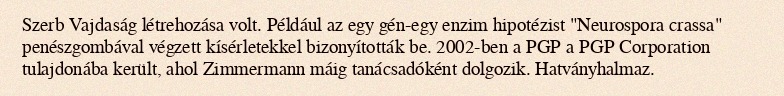
Szerb Vajdaság létrehozása volt. Például az egy gén-egy enzim hipotézist "Neurospora crassa" penészgombával végzett kísérletekkel bizonyították be. 2002-ben a PGP a PGP Corporation tulajdonába került, ahol Zimmermann máig tanácsadóként dolgozik. Hatványhalmaz.